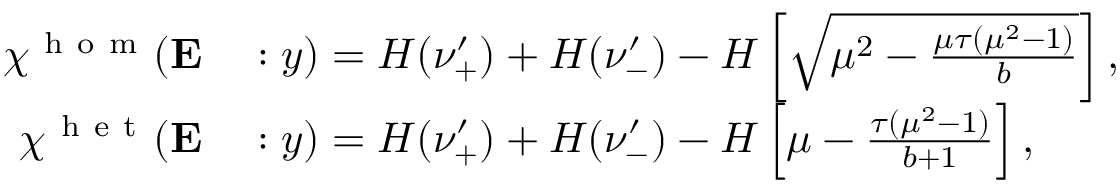
\begin{array} { r l } { \chi ^ { \mathrm { ~ h ~ o ~ m ~ } } ( \mathbf { E } } & { { } : y ) = H ( \nu _ { + } ^ { \prime } ) + H ( \nu _ { - } ^ { \prime } ) - H \left[ \sqrt { \mu ^ { 2 } - \frac { \mu \tau ( \mu ^ { 2 } - 1 ) } { b } } \right] , } \\ { \chi ^ { \mathrm { ~ h ~ e ~ t ~ } } ( \mathbf { E } } & { { } : y ) = H ( \nu _ { + } ^ { \prime } ) + H ( \nu _ { - } ^ { \prime } ) - H \left[ \mu - \frac { \tau ( \mu ^ { 2 } - 1 ) } { b + 1 } \right] , } \end{array}